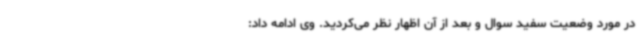
در مورد وضعیت سفید سوال و بعد از آن اظهار نظر می‌کردید. وی ادامه داد: